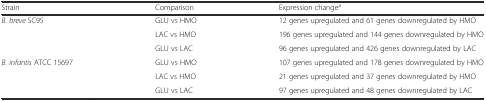
<table><thead><tr><td><b>Strain</b></td><td><b>Comparison</b></td><td><b>Expression change<sup>a</sup></b></td></tr></thead><tbody><tr><td rowspan="3"><i>B. breve</i> SC95</td><td>GLU vs HMO</td><td>12 genes upregulated and 61 genes downregulated by HMO</td></tr><tr><td>LAC vs HMO</td><td>196 genes upregulated and 144 genes downregulated by HMO</td></tr><tr><td>GLU vs LAC</td><td>96 genes upregulated and 426 genes downregulated by LAC</td></tr><tr><td rowspan="2"><i>B. infantis</i> ATCC 15697</td><td>GLU vs HMO</td><td>107 genes upregulated and 178 genes downregulated by HMO</td></tr><tr><td>LAC vs HMO</td><td>21 genes upregulated and 37 genes downregulated by HMO</td></tr><tr><td>[EMPTY_CELL]</td><td>GLU vs LAC</td><td>97 genes upregulated and 48 genes downregulated by LAC</td></tr></tbody></table>